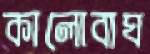
কালোবাঘ